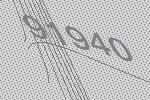
91940